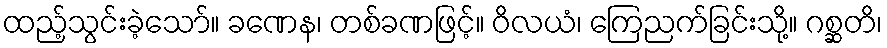
ထည့်သွင်းခဲ့သော်။ ခဏေန၊ တစ်ခဏဖြင့်။ ဝိလယံ၊ ကြေညက်ခြင်းသို့။ ဂစ္ဆတိ၊